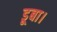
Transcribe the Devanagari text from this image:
डूबा।